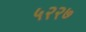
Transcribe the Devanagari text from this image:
५२२७